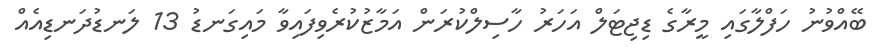
ބޭއްވުނު ހަފްލާގައި މީރާގެ ޑިޖިޓަލް އަހަރު ހާސިލްކުރަން އަމާޒުކުރެވިފައިވާ މައިގަނޑު 13 ލަނޑުދަނޑިއެއް